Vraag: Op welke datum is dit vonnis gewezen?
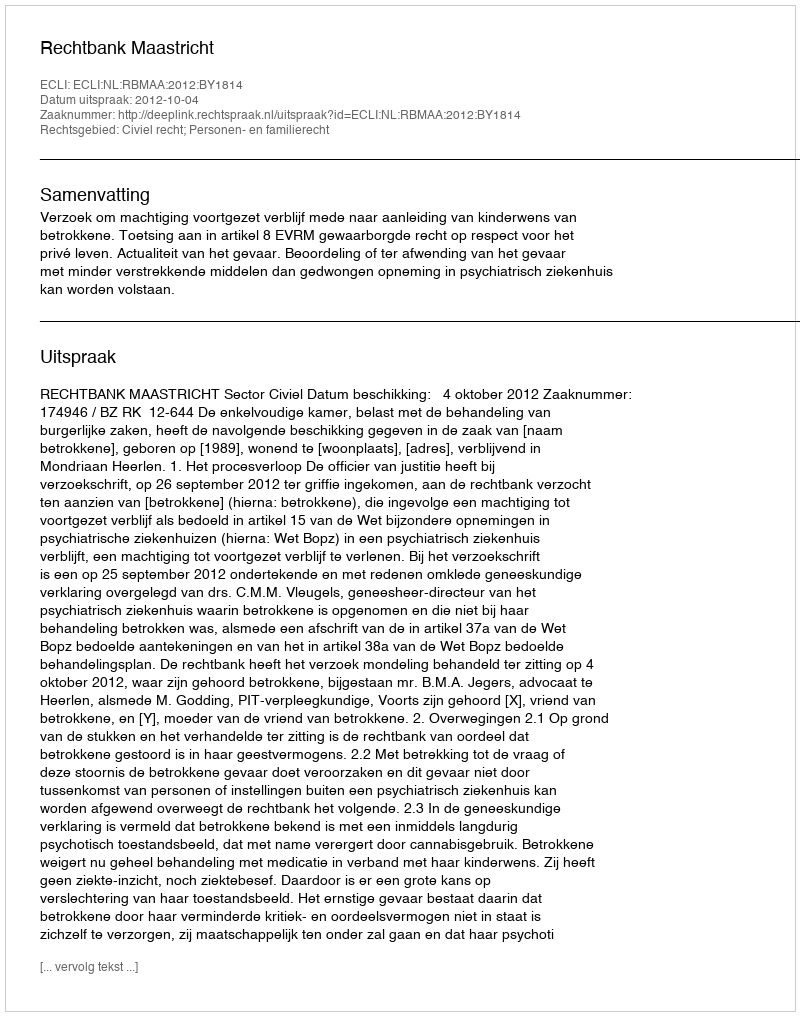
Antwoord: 2012-10-04